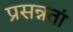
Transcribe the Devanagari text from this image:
प्रसन्नतां